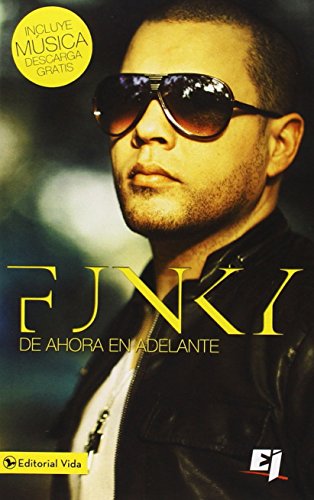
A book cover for Funky de ahora en adelante (Especialidades Juveniles) (Spanish Edition); Funky; Teen & Young Adult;